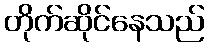
တိုက်ဆိုင်နေသည်